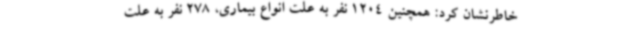
خاطرنشان کرد: همچنین 1204 نفر به علت انواع بیماری، 278 نفر به علت